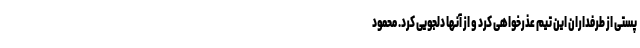
پستی از طرفداران این تیم عذرخواهی کرد و از آنها دلجویی کرد. محمود